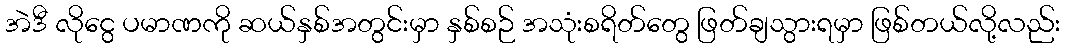
အဲဒီ လိုငွေ ပမာဏကို ဆယ်နှစ်အတွင်းမှာ နှစ်စဉ် အသုံးစရိတ်တွေ ဖြတ်ချသွားရမှာ ဖြစ်တယ်လို့လည်း